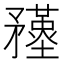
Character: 𥎚